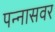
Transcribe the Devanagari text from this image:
पन्नासवर